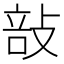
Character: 㪗